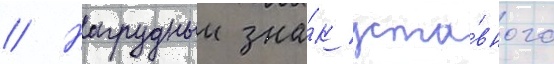
// Нагрудныи зна́к уста́вного